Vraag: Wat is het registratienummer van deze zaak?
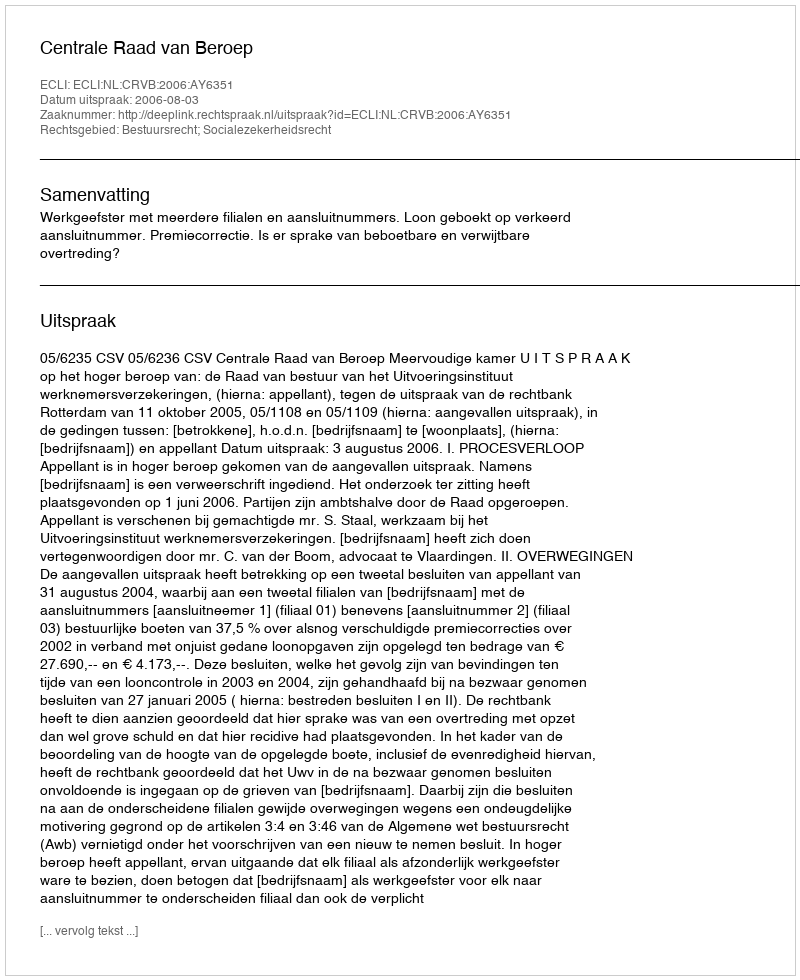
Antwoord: http://deeplink.rechtspraak.nl/uitspraak?id=ECLI:NL:CRVB:2006:AY6351